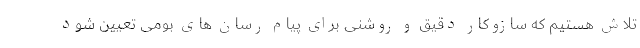
تلاش هستیم که سازوکار دقیق و روشنی برای پیام رسان های بومی تعیین شود